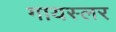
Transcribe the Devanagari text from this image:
गायस्लर